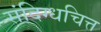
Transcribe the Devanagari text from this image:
संदिग्धचित्त